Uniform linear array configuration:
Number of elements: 64
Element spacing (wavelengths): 0.5
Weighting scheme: binomial
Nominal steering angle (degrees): -45
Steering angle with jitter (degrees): -45.072
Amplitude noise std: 0.05
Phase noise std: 0.05

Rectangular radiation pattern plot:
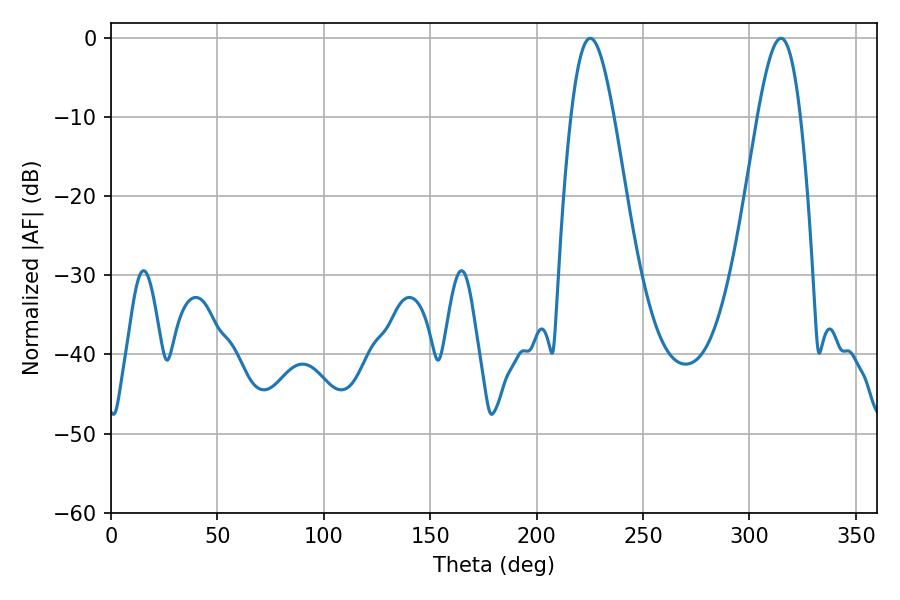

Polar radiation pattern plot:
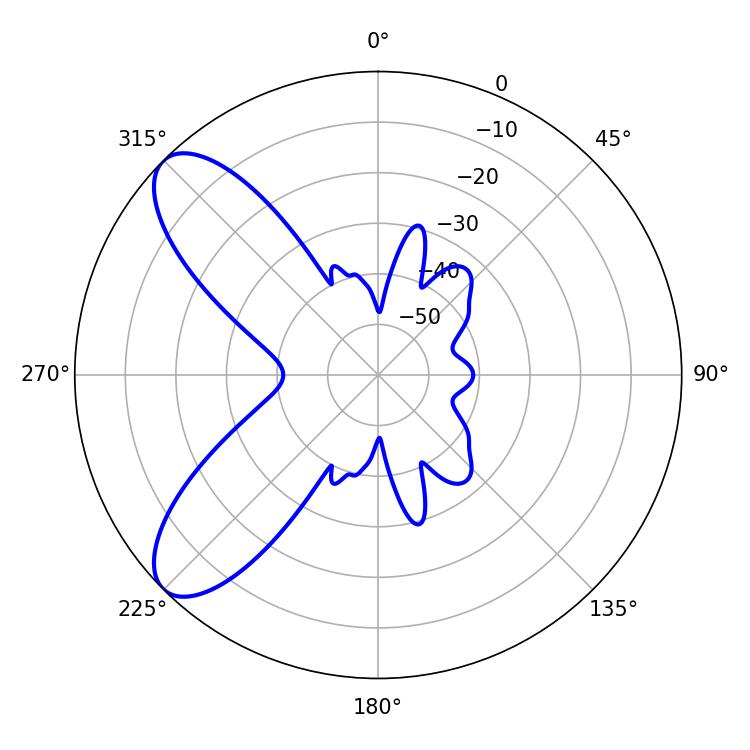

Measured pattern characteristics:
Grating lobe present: FALSE
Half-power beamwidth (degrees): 10.8
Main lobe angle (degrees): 225.18